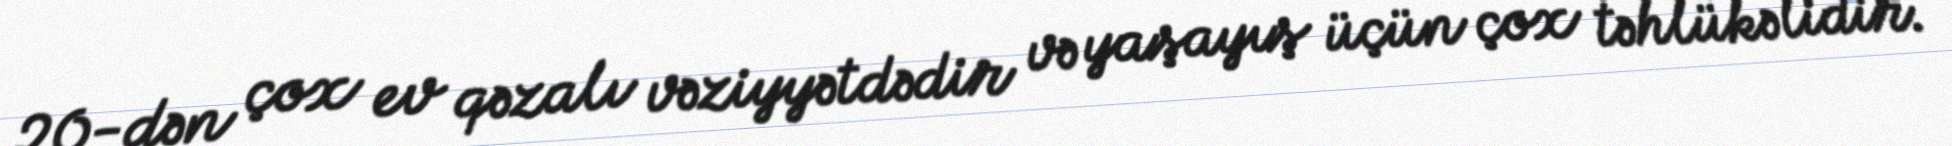
20-dən çox ev qəzalı vəziyyətdədir və yaşayış üçün çox təhlükəlidir.